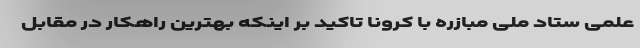
علمی ستاد ملی مبازره با کرونا تاکید بر اینکه بهترین راهکار در مقابل